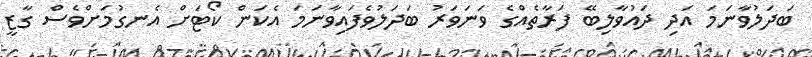
ބަދަލުވާނަމަ އަދި ދައުވާލިބޭ ފަރާތެއްގެ ވަނަވަރު ބަދަލުވެފައިވާނަމަ އެކަން ކޯޓަށް އެނގުމަށްވެސް ގާޒީ